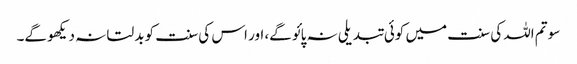
سو تم اللہ کی سنت میں کوئی تبدیلی نہ پائو گے، اور اس کی سنت کو بدلتا نہ دیکھو گے۔